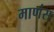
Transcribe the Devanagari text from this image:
माणंस